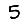
Digit: 5